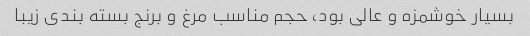
بسیار خوشمزه و عالی بود، حجم مناسب مرغ و برنج بسته بندی زیبا